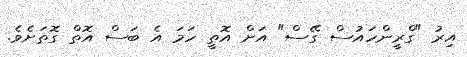
އިރު "ގްރީންހައުސް ގޭސް" އަށް އޮތީ ހަމަ އެ ބަސް އޮތް ގޮތަށެވެ.